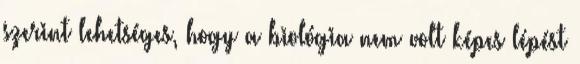
szerint lehetséges, hogy a biológia nem volt képes lépést